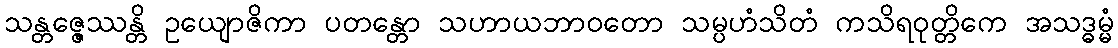
သန္တဇ္ဇေဿန္တိ ဥယျောဇိကာ ပတန္တော သဟာယဘာဝတော သမ္ပဟံသိတံ ကသိရဝုတ္တိကေ အသဒ္ဓမ္မံ